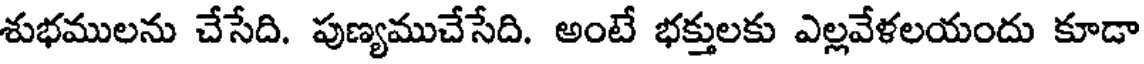
శుభములను చేసేది. పుణ్యముచేసేది. అంటే భక్తులకు ఎల్లవేళలయందు కూడా